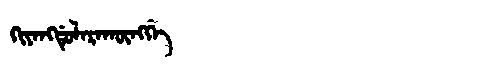
Manchu: ᡴᡳᠶᠠᠩᡩᡠᠯᠠᡵᠠᡴᡡᠩᡤᡝ
Romanization: KIYANGDULARAKŪNGGE